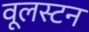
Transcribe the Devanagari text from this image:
वूलस्टन